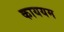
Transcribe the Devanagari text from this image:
काययम